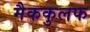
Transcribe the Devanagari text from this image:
मैककुलफ